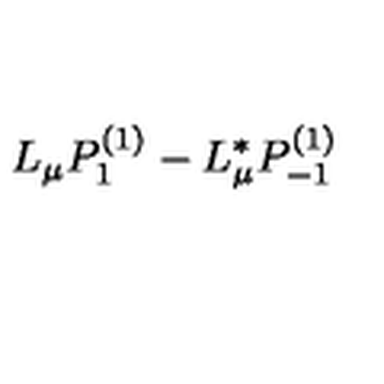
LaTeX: L _ { \mu } P _ { 1 } ^ { ( 1 ) } - L _ { \mu } ^ { * } P _ { - 1 } ^ { ( 1 ) }